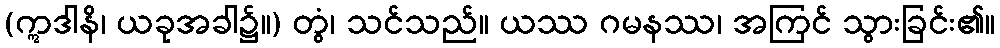
(ဣဒါနိ၊ ယခုအခါ၌။) တွံ၊ သင်သည်။ ယဿ ဂမနဿ၊ အကြင် သွားခြင်း၏။